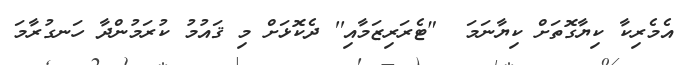
އެމެރިކާ ކިޔާގޮތަށް ކިޔާނަމަ  "ޓެރަރިޒަމާއި'' ދެކޮޅަށް މި ޤައުމު ކުރަމުންދާ ހަނގުރާމަ